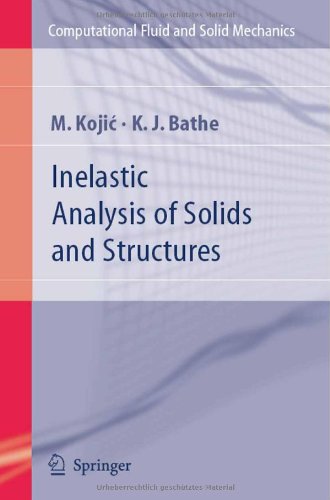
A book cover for Inelastic Analysis of Solids and Structures (Computational Fluid and Solid Mechanics); M. Kojic; Science & Math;